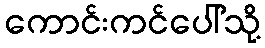
ကောင်းကင်ပေါ်သို့